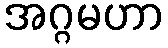
အဂ္ဂမဟာ